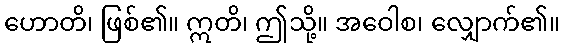
ဟောတိ၊ ဖြစ်၏။ ဣတိ၊ ဤသို့။ အဝေါစ၊ လျှောက်၏။